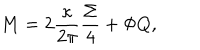
M = 2 \frac { \kappa } { 2 \pi } \frac { \Sigma } { 4 } + \Phi Q ,